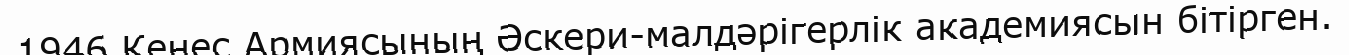
1946 Кеңес Армиясының Әскери-малдәрігерлік академиясын бітірген.